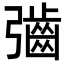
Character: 𫹁